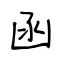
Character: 函